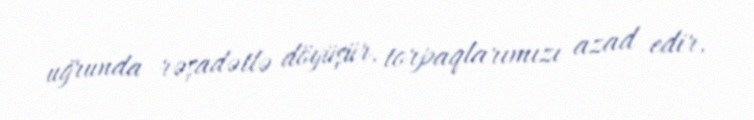
uğrunda rəşadətlə döyüşür, torpaqlarımızı azad edir.